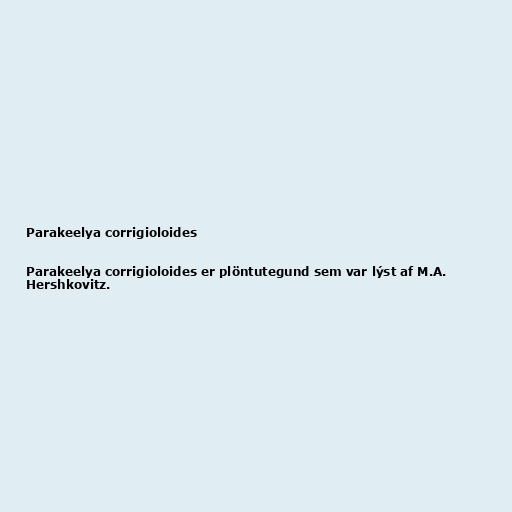
Parakeelya corrigioloides

Parakeelya corrigioloides er plöntutegund sem var lýst af M.A.
Hershkovitz.